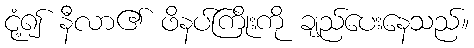
ငုံ့၍ နီလာ၏ ဖိနပ်ကြိုးကို ချည်ပေးနေသည်။